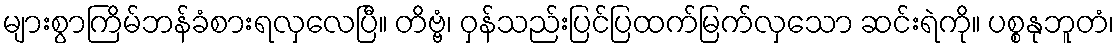
များစွာကြိမ်ဘန်ခံစားရလှလေပြီ။ တိဗ္ဗံ၊ ဝှန်သည်းပြင်ပြထက်မြက်လှသော ဆင်းရဲကို။ ပစ္စနုဘူတံ၊